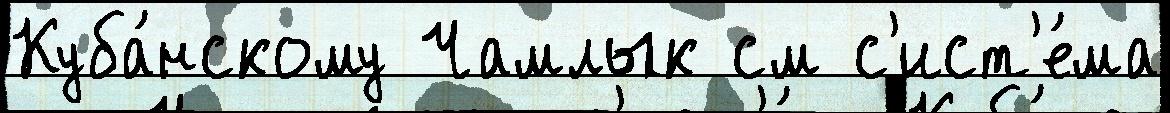
Куба́нскому Чамлык см с'ист'е́ма